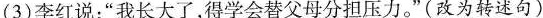
(3)李红说：”我长大了，得学会替父母分担压力。”(改为转述句)